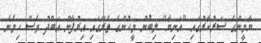
ޔާމީންގެ ސަރުކާރުގައި "އަނިޔާ" ލިބުނު މީހުންގެ ތެރޭގައި އިރުފާން އަބްދު ވެސް ހިމެނެ